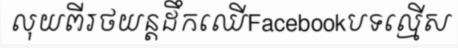
លុយពីរថយន្តដឹកឈើFacebookបទល្មើស